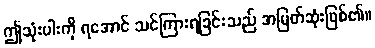
ဤသုံးပါးကို ရအောင် သင်ကြားရခြင်းသည် အမြတ်ဆုံးဖြစ်၏။